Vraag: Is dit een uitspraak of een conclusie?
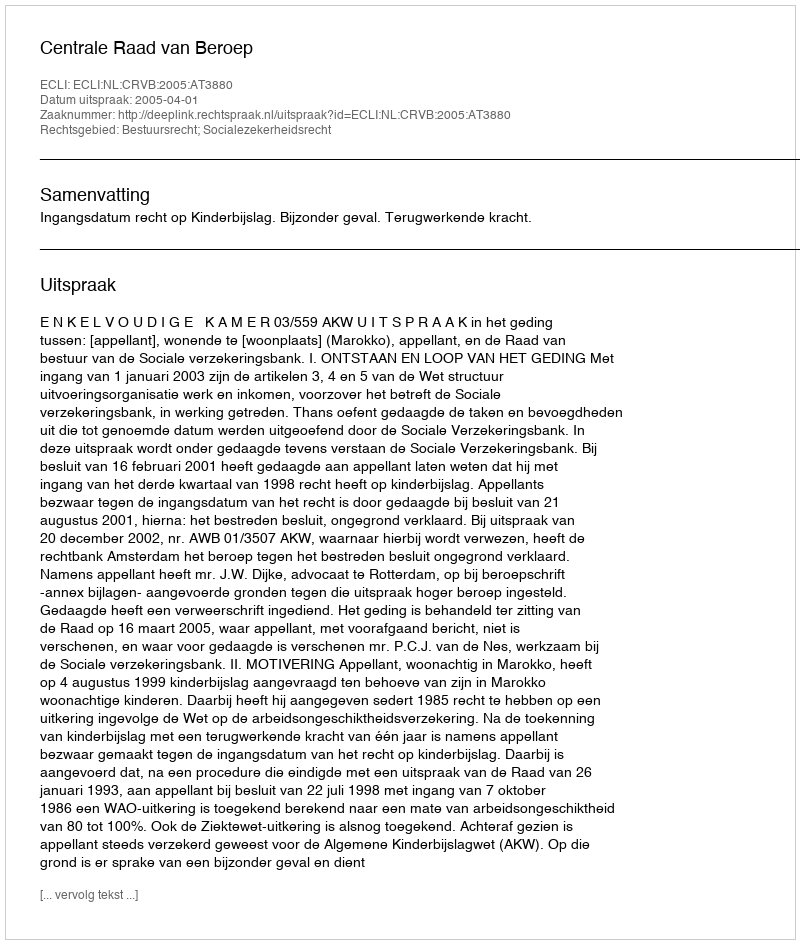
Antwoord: Uitspraak